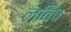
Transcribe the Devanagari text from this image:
लविष